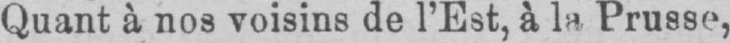
Quant à nos voisins de l’Est, à la Prusse,